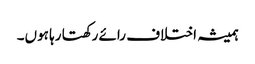
ہمیشہ اختلاف رائے رکھتا رہا ہوں۔